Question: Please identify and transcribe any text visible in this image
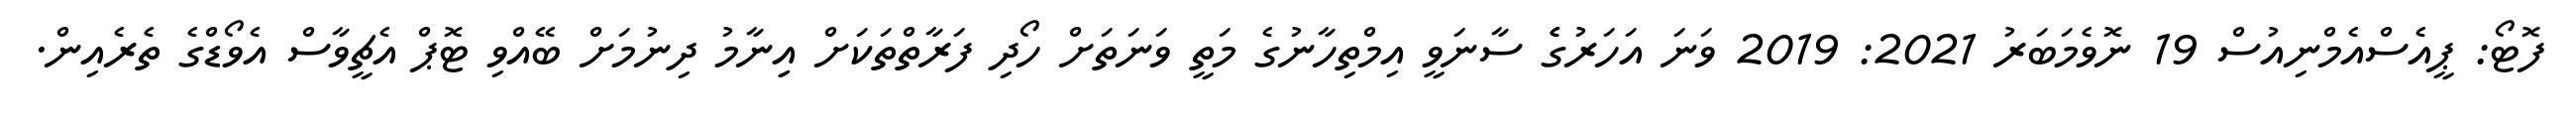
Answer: ފޮޓޯ: ޕީއެސްއެމްނިއުސް 19 ނޮވެމަބަރު 2021: 2019 ވަނަ އަހަރުގެެ ސާނަވީ އިމްތިހާނުގެ މަތީ ވަނަތަށް ހޯދި ފަރާތްތަކަށް އިިނާމު ދިނުމަށް ބޭއްވި ޓޮޕް އެޗީވާސް އެވޯޑްގެ ތެރެއިން.